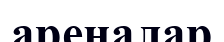
ареналар